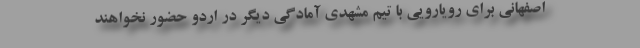
اصفهانی برای رویارویی با تیم مشهدی آمادگی دیگر در اردو حضور نخواهند